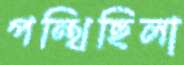
পন্থিছিলা